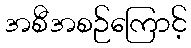
အစီအစဉ်ကြောင့်